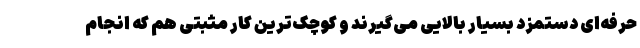
حرفه‌ای دستمزد بسیار بالایی می‌گیرند و کوچک‌ترین کار مثبتی هم که انجام